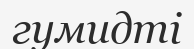
гумидті